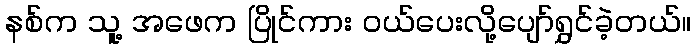
နစ်က သူ့ အဖေက ပြိုင်ကား ဝယ်ပေးလို့ပျော်ရွှင်ခဲ့တယ်။